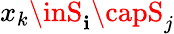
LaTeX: x_{k}\inS_{\mathbf{i}}\capS_{j}